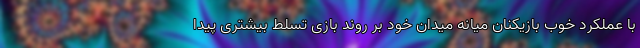
با عملکرد خوب بازیکنان میانه میدان خود بر روند بازی تسلط بیشتری پیدا